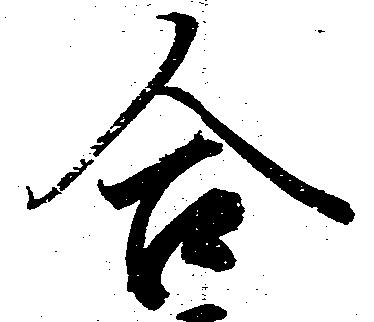
合